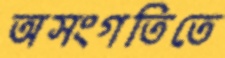
অসংগতিতে